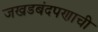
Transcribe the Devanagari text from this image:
जखडबंदपणाची